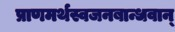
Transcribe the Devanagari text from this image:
प्राणमर्थस्वजनबान्धवान्